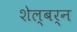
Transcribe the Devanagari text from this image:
शेल्बर्न